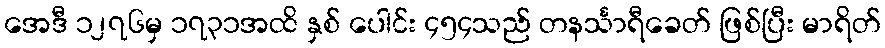
အေဒီ ၁၂၇၆မှ ၁၇၃၁အထိ နှစ် ပေါင်း ၄၅၄သည် တနင်္သာရီခေတ် ဖြစ်ပြီး မာရိတ်